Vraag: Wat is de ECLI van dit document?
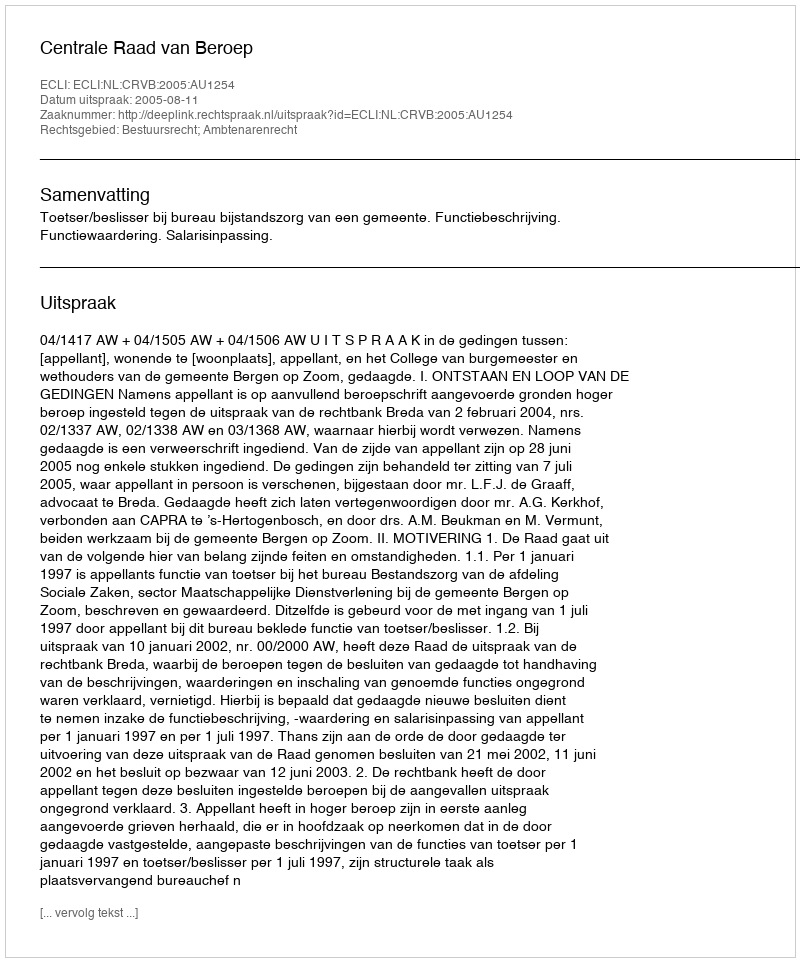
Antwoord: ECLI:NL:CRVB:2005:AU1254